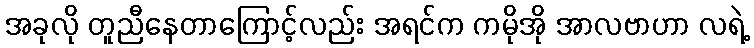
အခုလို တူညီနေတာကြောင့်လည်း အရင်က ကမိုအို အာလဗာဟာ လရဲ့